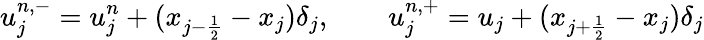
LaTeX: u_{j}^{n,-}=u_{j}^{n}+(x_{{j-\frac{1}{2}}}-x_{j})\delta_{j},\qquad u_{j}^{n,+}=u_{j}+(x_{j+\frac{1}{2}}-x_{j})\delta_{j}